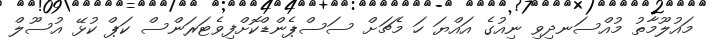
މައުލޫމާތު މުއްސަނދިވި ނިއުގެ އައްޔަ ހަ މެޗަށް ސަސްޕެންޑްކޮށްފިވެޓަރަންސް ކަޕް ކުޅޭ އުސޫލް